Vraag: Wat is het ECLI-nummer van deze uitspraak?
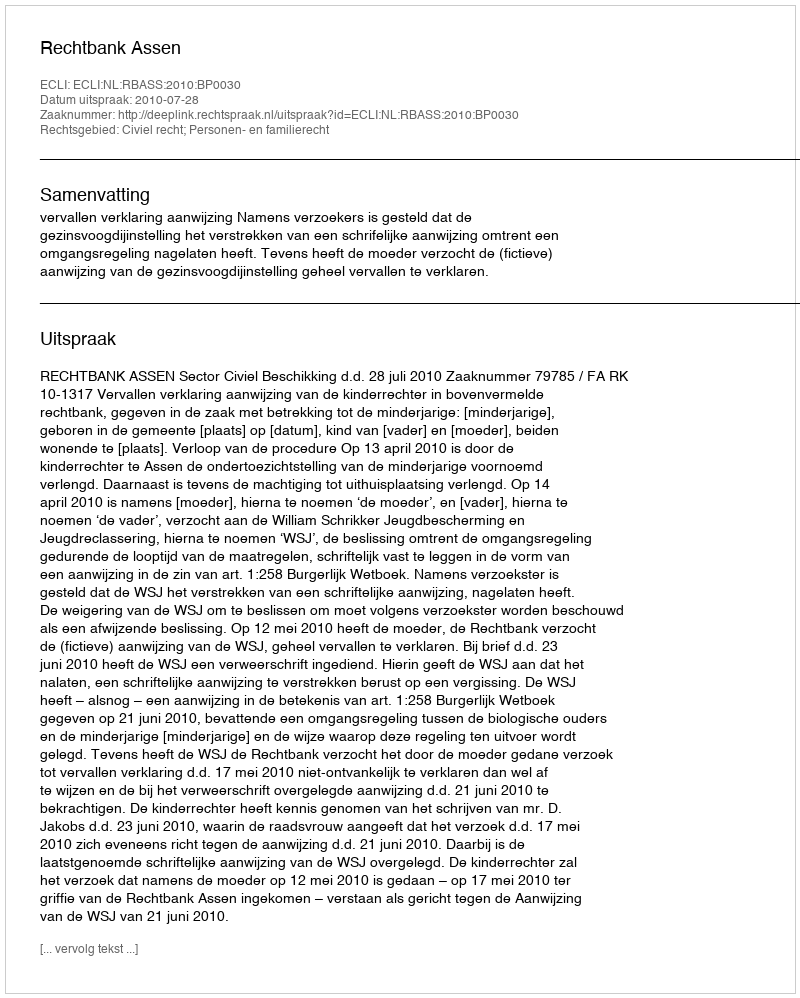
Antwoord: ECLI:NL:RBASS:2010:BP0030